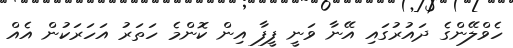
ހެވްލޭންގެ ދައުރުގައި އޭނާ ވަނީ ފީފާ އިން ކޮންމެ ހަތަަރު އަހަރަކުން އެއް